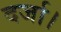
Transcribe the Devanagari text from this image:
दर्जा।